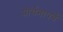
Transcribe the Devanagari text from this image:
प्रार्थनापर्व